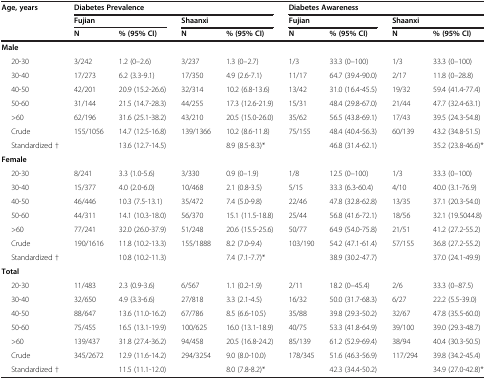
<table><thead><tr><td rowspan="2"><b>Age, years</b></td><td colspan="4"><b>Diabetes Prevalence</b></td><td colspan="4"><b>Diabetes Awareness</b></td></tr><tr><td colspan="2"><b>Fujian</b></td><td colspan="2"><b>Shaanxi</b></td><td colspan="2"><b>Fujian</b></td><td colspan="2"><b>Shaanxi</b></td></tr><tr><td><b> </b></td><td><b>N</b></td><td><b>% (95% CI)</b></td><td><b>N</b></td><td><b>% (95% CI)</b></td><td><b>N</b></td><td><b>% (95% CI)</b></td><td><b>N</b></td><td><b>% (95% CI)</b></td></tr></thead><tbody><tr><td colspan="9"><b>Male</b></td></tr><tr><td>20-30</td><td>3/242</td><td>1.2 (0–2.6)</td><td>3/237</td><td>1.3 (0–2.7)</td><td>1/3</td><td>33.3 (0–100)</td><td>1/3</td><td>33.3 (0–100)</td></tr><tr><td>30-40</td><td>17/273</td><td>6.2 (3.3-9.1)</td><td>17/350</td><td>4.9 (2.6-7.1)</td><td>11/17</td><td>64.7 (39.4-90.0)</td><td>2/17</td><td>11.8 (0–28.8)</td></tr><tr><td>40-50</td><td>42/201</td><td>20.9 (15.2-26.6)</td><td>32/314</td><td>10.2 (6.8-13.6)</td><td>13/42</td><td>31.0 (16.4-45.5)</td><td>19/32</td><td>59.4 (41.4-77.4)</td></tr><tr><td>50-60</td><td>31/144</td><td>21.5 (14.7-28.3)</td><td>44/255</td><td>17.3 (12.6-21.9)</td><td>15/31</td><td>48.4 (29.8-67.0)</td><td>21/44</td><td>47.7 (32.4-63.1)</td></tr><tr><td>&gt;60</td><td>62/196</td><td>31.6 (25.1-38.2)</td><td>43/210</td><td>20.5 (15.0-26.0)</td><td>35/62</td><td>56.5 (43.8-69.1)</td><td>17/43</td><td>39.5 (24.3-54.8)</td></tr><tr><td>Crude</td><td>155/1056</td><td>14.7 (12.5-16.8)</td><td>139/1366</td><td>10.2 (8.6-11.8)</td><td>75/155</td><td>48.4 (40.4-56.3)</td><td>60/139</td><td>43.2 (34.8-51.5)</td></tr><tr><td>Standardized †</td><td> </td><td>13.6 (12.7-14.5)</td><td> </td><td>8.9 (8.5-8.3)*</td><td> </td><td>46.8 (31.4-62.1)</td><td> </td><td>35.2 (23.8-46.6)*</td></tr><tr><td colspan="9"><b>Female</b></td></tr><tr><td>20-30</td><td>8/241</td><td>3.3 (1.0-5.6)</td><td>3/330</td><td>0.9 (0–1.9)</td><td>1/8</td><td>12.5 (0–100)</td><td>1/3</td><td>33.3 (0–100)</td></tr><tr><td>30-40</td><td>15/377</td><td>4.0 (2.0-6.0)</td><td>10/468</td><td>2.1 (0.8-3.5)</td><td>5/15</td><td>33.3 (6.3-60.4)</td><td>4/10</td><td>40.0 (3.1-76.9)</td></tr><tr><td>40-50</td><td>46/446</td><td>10.3 (7.5-13.1)</td><td>35/472</td><td>7.4 (5.0-9.8)</td><td>22/46</td><td>47.8 (32.8-62.8)</td><td>13/35</td><td>37.1 (20.3-54.0)</td></tr><tr><td>50-60</td><td>44/311</td><td>14.1 (10.3-18.0)</td><td>56/370</td><td>15.1 (11.5-18.8)</td><td>25/44</td><td>56.8 (41.6-72.1)</td><td>18/56</td><td>32.1 (19.5044.8)</td></tr><tr><td>&gt;60</td><td>77/241</td><td>32.0 (26.0-37.9)</td><td>51/248</td><td>20.6 (15.5-25.6)</td><td>50/77</td><td>64.9 (54.0-75.8)</td><td>21/51</td><td>41.2 (27.2-55.2)</td></tr><tr><td>Crude</td><td>190/1616</td><td>11.8 (10.2-13.3)</td><td>155/1888</td><td>8.2 (7.0-9.4)</td><td>103/190</td><td>54.2 (47.1-61.4)</td><td>57/155</td><td>36.8 (27.2-55.2)</td></tr><tr><td>Standardized †</td><td> </td><td>10.8 (10.2-11.3)</td><td> </td><td>7.4 (7.1-7.7)*</td><td> </td><td>38.9 (30.2-47.7)</td><td> </td><td>37.0 (24.1-49.9)</td></tr><tr><td colspan="9"><b>Total</b></td></tr><tr><td>20-30</td><td>11/483</td><td>2.3 (0.9-3.6)</td><td>6/567</td><td>1.1 (0.2-1.9)</td><td>2/11</td><td>18.2 (0–45.4)</td><td>2/6</td><td>33.3 (0–87.5)</td></tr><tr><td>30-40</td><td>32/650</td><td>4.9 (3.3-6.6)</td><td>27/818</td><td>3.3 (2.1-4.5)</td><td>16/32</td><td>50.0 (31.7-68.3)</td><td>6/27</td><td>22.2 (5.5-39.0)</td></tr><tr><td>40-50</td><td>88/647</td><td>13.6 (11.0-16.2)</td><td>67/786</td><td>8.5 (6.6-10.5)</td><td>35/88</td><td>39.8 (29.3-50.2)</td><td>32/67</td><td>47.8 (35.5-60.0)</td></tr><tr><td>50-60</td><td>75/455</td><td>16.5 (13.1-19.9)</td><td>100/625</td><td>16.0 (13.1-18.9)</td><td>40/75</td><td>53.3 (41.8-64.9)</td><td>39/100</td><td>39.0 (29.3-48.7)</td></tr><tr><td>&gt;60</td><td>139/437</td><td>31.8 (27.4-36.2)</td><td>94/458</td><td>20.5 (16.8-24.2)</td><td>85/139</td><td>61.2 (52.9-69.4)</td><td>38/94</td><td>40.4 (30.3-50.5)</td></tr><tr><td>Crude</td><td>345/2672</td><td>12.9 (11.6-14.2)</td><td>294/3254</td><td>9.0 (8.0-10.0)</td><td>178/345</td><td>51.6 (46.3-56.9)</td><td>117/294</td><td>39.8 (34.2-45.4)</td></tr><tr><td>Standardized †</td><td> </td><td>11.5 (11.1-12.0)</td><td> </td><td>8.0 (7.8-8.2)*</td><td> </td><td>42.3 (34.4-50.2)</td><td> </td><td>34.9 (27.0-42.8)*</td></tr></tbody></table>